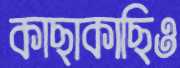
কাছাকাছিও